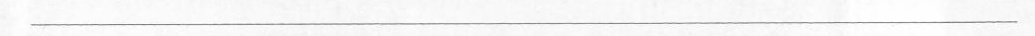
___